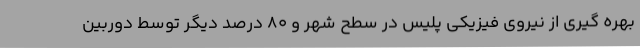
بهره گیری از نیروی فیزیکی پلیس در سطح شهر و 80 درصد دیگر توسط دوربین